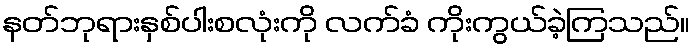
နတ်ဘုရားနှစ်ပါးစလုံးကို လက်ခံ ကိုးကွယ်ခဲ့ကြသည်။